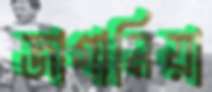
জাগানিয়া